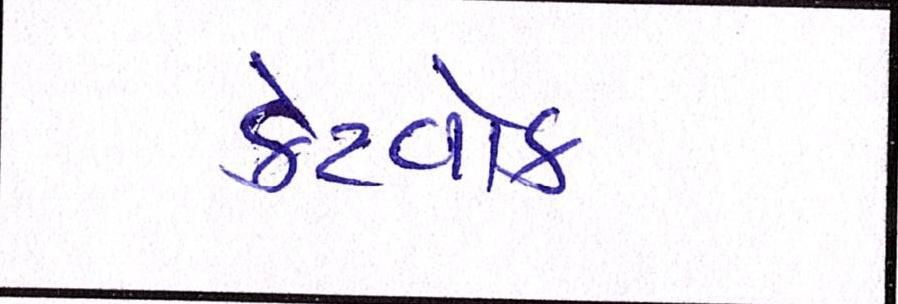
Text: કેટવોક